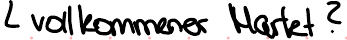
vollkommener Markt?